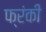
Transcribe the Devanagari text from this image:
फ्रंकी